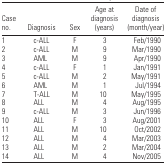
<table><thead><tr><td><b>Case no.</b></td><td><b>Diagnosis</b></td><td><b>Sex</b></td><td><b>Age at diagnosis (years)</b></td><td><b>Date of diagnosis (month/year)</b></td></tr></thead><tbody><tr><td>1</td><td>c-ALL</td><td>F</td><td>3</td><td>Feb/1990</td></tr><tr><td>2</td><td>c-ALL</td><td>M</td><td>9</td><td>Mar/1990</td></tr><tr><td>3</td><td>AML</td><td>M</td><td>9</td><td>Apr/1990</td></tr><tr><td>4</td><td>c-ALL</td><td>F</td><td>1</td><td>Jan/1991</td></tr><tr><td>5</td><td>c-ALL</td><td>M</td><td>2</td><td>May/1991</td></tr><tr><td>6</td><td>AML</td><td>M</td><td>1</td><td>Jul/1994</td></tr><tr><td>7</td><td>T-ALL</td><td>M</td><td>10</td><td>May/1995</td></tr><tr><td>8</td><td>ALL</td><td>M</td><td>4</td><td>Aug/1995</td></tr><tr><td>9</td><td>c-ALL</td><td>M</td><td>3</td><td>Jun/1996</td></tr><tr><td>10</td><td>ALL</td><td>F</td><td>3</td><td>Aug/2001</td></tr><tr><td>11</td><td>ALL</td><td>M</td><td>10</td><td>Oct/2002</td></tr><tr><td>12</td><td>ALL</td><td>M</td><td>4</td><td>Mar/2003</td></tr><tr><td>13</td><td>ALL</td><td>M</td><td>2</td><td>Mar/2004</td></tr><tr><td>14</td><td>ALL</td><td>M</td><td>4</td><td>Nov/2005</td></tr></tbody></table>